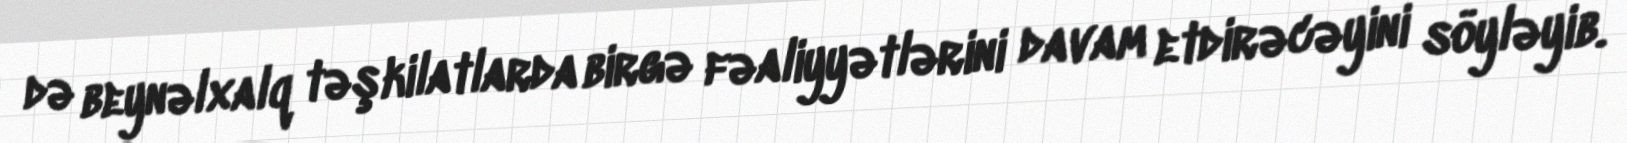
də beynəlxalq təşkilatlarda birgə fəaliyyətlərini davam etdirəcəyini söyləyib.